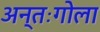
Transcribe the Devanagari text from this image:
अन्तःगोला